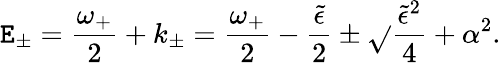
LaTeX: \mathtt{E}_{\pm}={\frac{{\omega_{+}}}{{2}}}+k_{\pm}={\frac{{\omega_{+}}}{{2}}}-{\frac{{\tilde{{\epsilon}}}}{{2}}}\pm\sqrt{}{{{\frac{{\tilde{{\epsilon}}^{2}}}{{4}}}+\alpha^{2}}}.